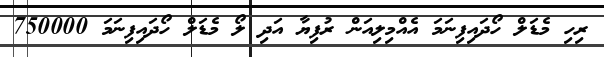
ރިހި މެޑަލް ހޯދައިފިނަމަ އެއްމިލިއަން ރުފިޔާ އަދި ލޯ މެޑަލް ހޯދައިފިނަމަ 750000